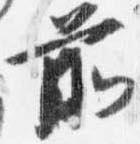
前